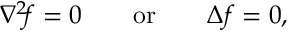
\nabla ^ { 2 } \! f = 0 \qquad { \mathrm { o r } } \qquad \Delta f = 0 ,